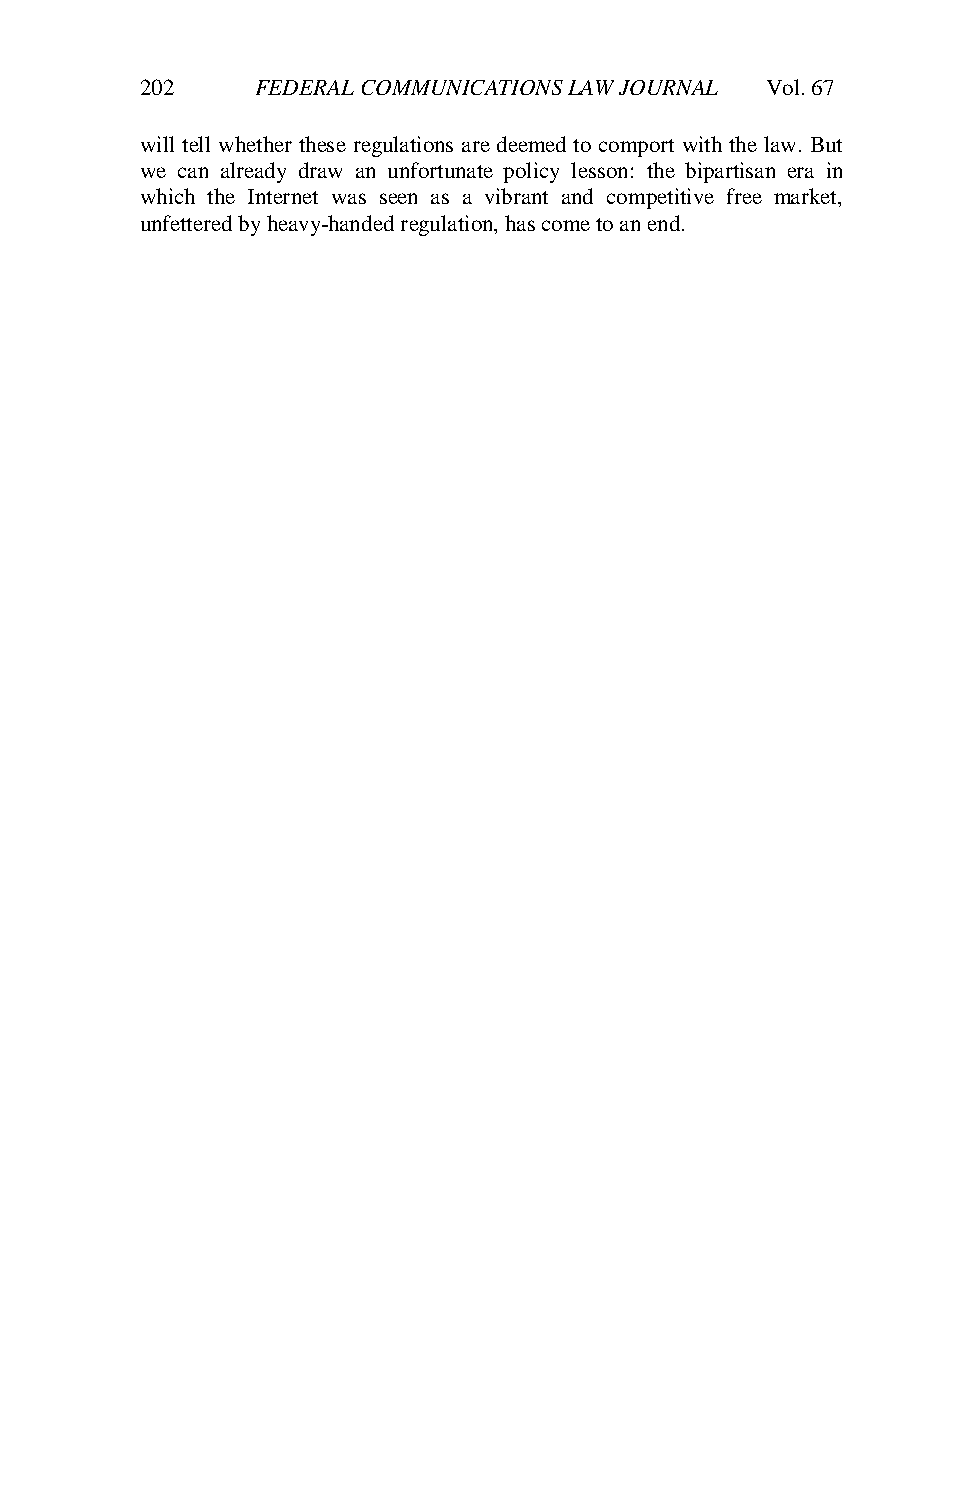
202     FEDERAL COMMUNICATIONS LAW JOURNAL Vol. 67
 will tell whether these regulations are deemed to comport with the law. But
 we can already draw an unfortunate policy lesson: the bipartisan era in
 which the Internet was seen as a vibrant and competitive free market,
 unfettered by heavy-handed regulation, has come to an end.